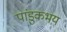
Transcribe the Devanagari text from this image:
पांडुकभय